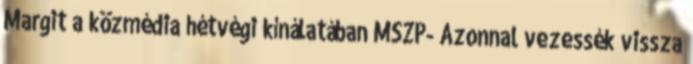
Margit a közmédia hétvégi kínálatában MSZP- Azonnal vezessék vissza